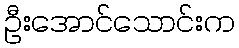
ဦးအောင်သောင်းက